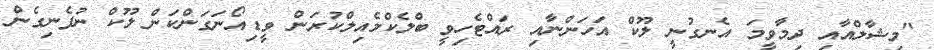
"މިޝާލްއާއި ދިމާވީމަ އެނގުނީ ލޫކް އަހަންނާއި ރައްޓެހިވީ ބްލެކްމެއިލްކުރަން ވީޑިއޯނަގަންކަން ލޫކް ނުފެނިގެން